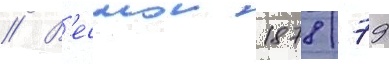
// В'еснои 1878/ 79